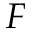
F